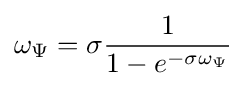
\omega _{\Psi }=\sigma {\frac {1}{1-e^{-\sigma \omega _{\Psi }}}}